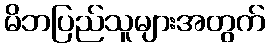
မိဘပြည်သူများအတွက်